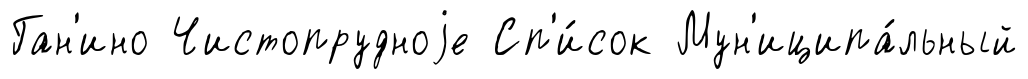
Ган'ино Чистопрудноjе Сп'и́сок Мун'иципа́льный